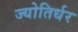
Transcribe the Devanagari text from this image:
ज्योतिर्धर